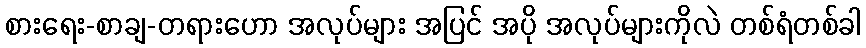
စားရေး-စာချ-တရားဟော အလုပ်များ အပြင် အပို အလုပ်များကိုလဲ တစ်ရံတစ်ခါ